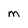
Character: M